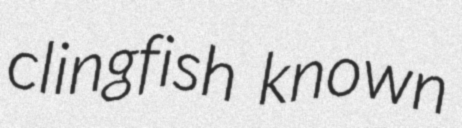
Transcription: clingfish known